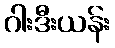
ဂါးဒီးယန်း